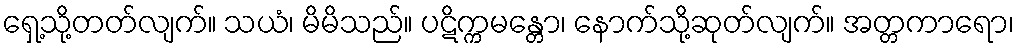
ရှေ့သို့တတ်လျက်။ သယံ၊ မိမိသည်။ ပဋိက္ကမန္တော၊ နောက်သို့ဆုတ်လျက်။ အတ္တကာရော၊